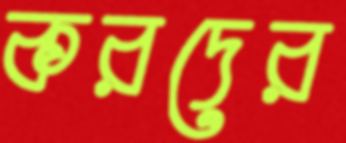
করদের